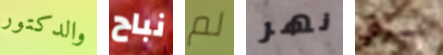
والدكتور نباح لم نهر نسوي